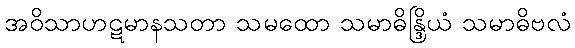
အဝိသာဟဋမာနသတာ သမထော သမာဓိန္ဒြိယံ သမာဓိဗလံ